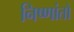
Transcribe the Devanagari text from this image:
निष्णांतो